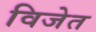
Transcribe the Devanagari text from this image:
विजेत